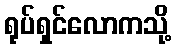
ရုပ်ရှင်လောကသို့